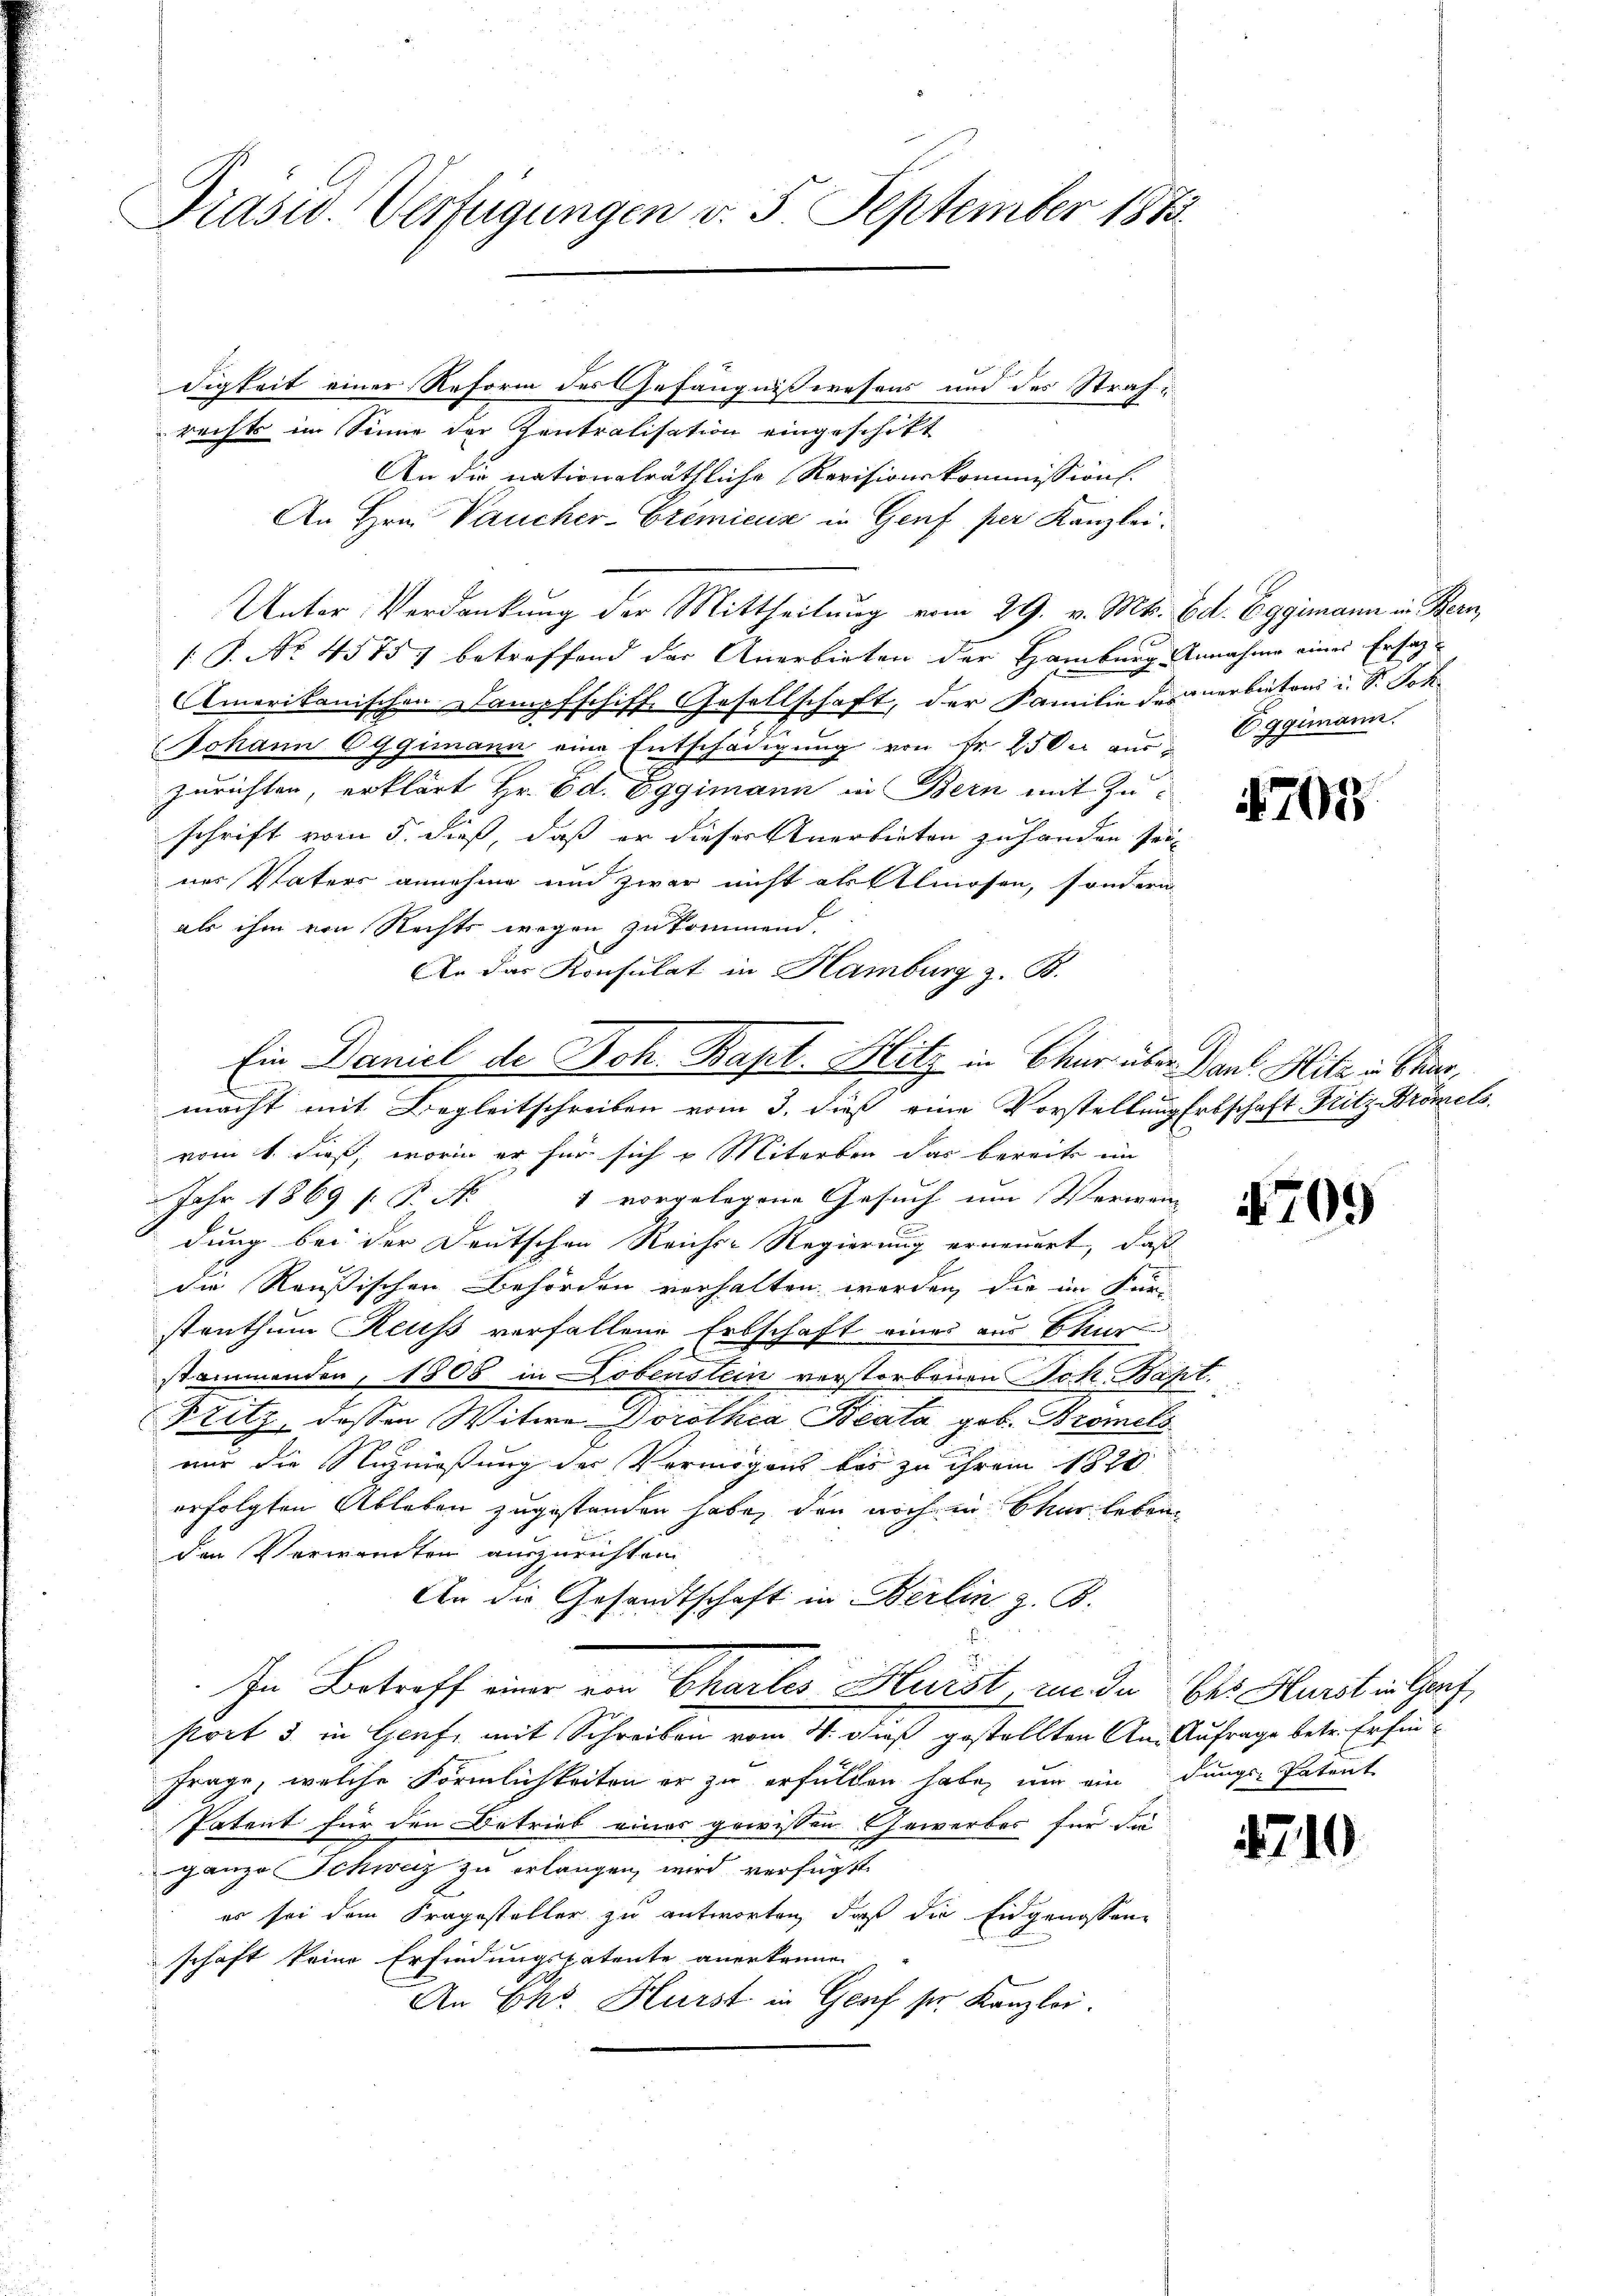
Drasu. Verfügungen v. 5. September 1883.

digkeit einer Reform des Gefängnißwesens und des Strafrechts im Sinne der Zentralisation eingeschikt
An die nationalräthliche Revisionskommission.
An Hrn. Paucher-Cremienz in Genf, per Kanzlei.
Unter Verdankung der Mittheilung vom 29. v. Mts. Ed. Eggimann in Bern,
( P. No. 45757 betreffend der Anerbieten der Hamburg Annahme eines Ersag¬
Amerikanischen Dampfschiff, Gesellschaft, der Familie denarbeiten u. S. Joh.
Johann Oggimann eine Entschädigung von Fr. 250 aus Eggimann.
zurichten, erklärt Hr. Ed. Eggimann in Bern mit Zuschrift vom 5. dieß, daß er dieser Anerbieten zuhanden sei
ner Vaters annehme und zwar nicht als Almosen, sondern
als ihm von Rechts wegen zu kommend.
An das Konsulat in Hamburg z. B.
macht mit Begleitschreiben vom 3. dieß eine Vorstellung Erbschaft Fritz Brömels
vom 1. dieß, worin er für sich u Miterben das bereits im
Jahr 1869 [ P. Nr. 1 vorgelegene Gesuch um Verwei- |
dung bei der Deutschen Reichs-Regierung erneuert, daß
die Reußischen Behörden verhalten werden, die im Fürstenthum Reuss verfallene Erbschaft eines aus Thur
stammenden, 1806 in Dobenslein verstorbenen Joh. Bapt.
Pritz, dessen Witwe Dorothea Beata, geb. Bromels
mir die Nuzmaßung der Vermögens bis zu ihrem 1820
erfolgten Ableben zugestanden habe, den noch in Chur bekomden Verwandten auszurichten,
An die Gesandtschaft in Berlin z. B.
In Betreff einer ein Chartes Hurst, in der bei Hurit in Genf,
stort 3 in Genf mit Schreiben vom 31. dieß gestellten An- Aufrage betr. Erfin¬
Frage, welche Förmlichkeiten er zu erfüllen habe, um ein dungs Patent
Patent für den Betrieb eines gewissen Gewerber für die
ganze Schweiz zu erlangen wird verfügt
es sei dem Kragesteller zu antworten, daß die Eidgenossen
schaft keine Erfindungspatente anerkannen
An Chr. Hürst in Genf sr. Kanzlei.

Ein Daniel de Joh. Bapt. Hitz in Chur über Dank. Mitz in Char¬

709

4709

4710